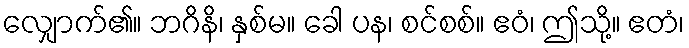
လျှောက်၏။ ဘဂိနိ၊ နှစ်မ။ ခေါ ပန၊ စင်စစ်။ ဧဝံ၊ ဤသို့။ ဧတံ၊